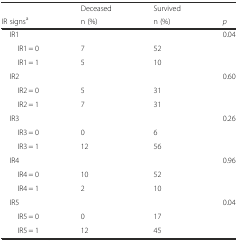
<table><thead><tr><td></td><td><b>Deceased</b></td><td><b>Survived</b></td><td></td></tr><tr><td><b>IR signs<sup>a</sup></b></td><td><b>n (%)</b></td><td><b>n (%)</b></td><td><b><i>p</i></b></td></tr></thead><tbody><tr><td> IR1</td><td></td><td></td><td rowspan="3">0.04</td></tr><tr><td>IR1 = 0</td><td>7</td><td>52</td></tr><tr><td>IR1 = 1</td><td>5</td><td>10</td></tr><tr><td> IR2</td><td></td><td></td><td rowspan="3">0.60</td></tr><tr><td>IR2 = 0</td><td>5</td><td>31</td></tr><tr><td>IR2 = 1</td><td>7</td><td>31</td></tr><tr><td> IR3</td><td></td><td></td><td rowspan="3">0.26</td></tr><tr><td>IR3 = 0</td><td>0</td><td>6</td></tr><tr><td>IR3 = 1</td><td>12</td><td>56</td></tr><tr><td> IR4</td><td></td><td></td><td rowspan="3">0.96</td></tr><tr><td>IR4 = 0</td><td>10</td><td>52</td></tr><tr><td>IR4 = 1</td><td>2</td><td>10</td></tr><tr><td> IR5</td><td></td><td></td><td rowspan="3">0.04</td></tr><tr><td>IR5 = 0</td><td>0</td><td>17</td></tr><tr><td>IR5 = 1</td><td>12</td><td>45</td></tr></tbody></table>